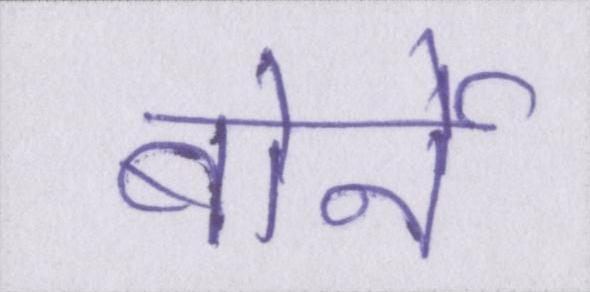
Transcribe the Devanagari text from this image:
बोर्नो